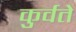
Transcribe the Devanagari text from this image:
कुर्वते